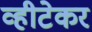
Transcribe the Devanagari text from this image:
व्हीटेकर